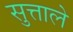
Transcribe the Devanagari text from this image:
सुत्ताले